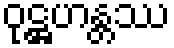
ဝုဋ္ဌဟန္တဿ